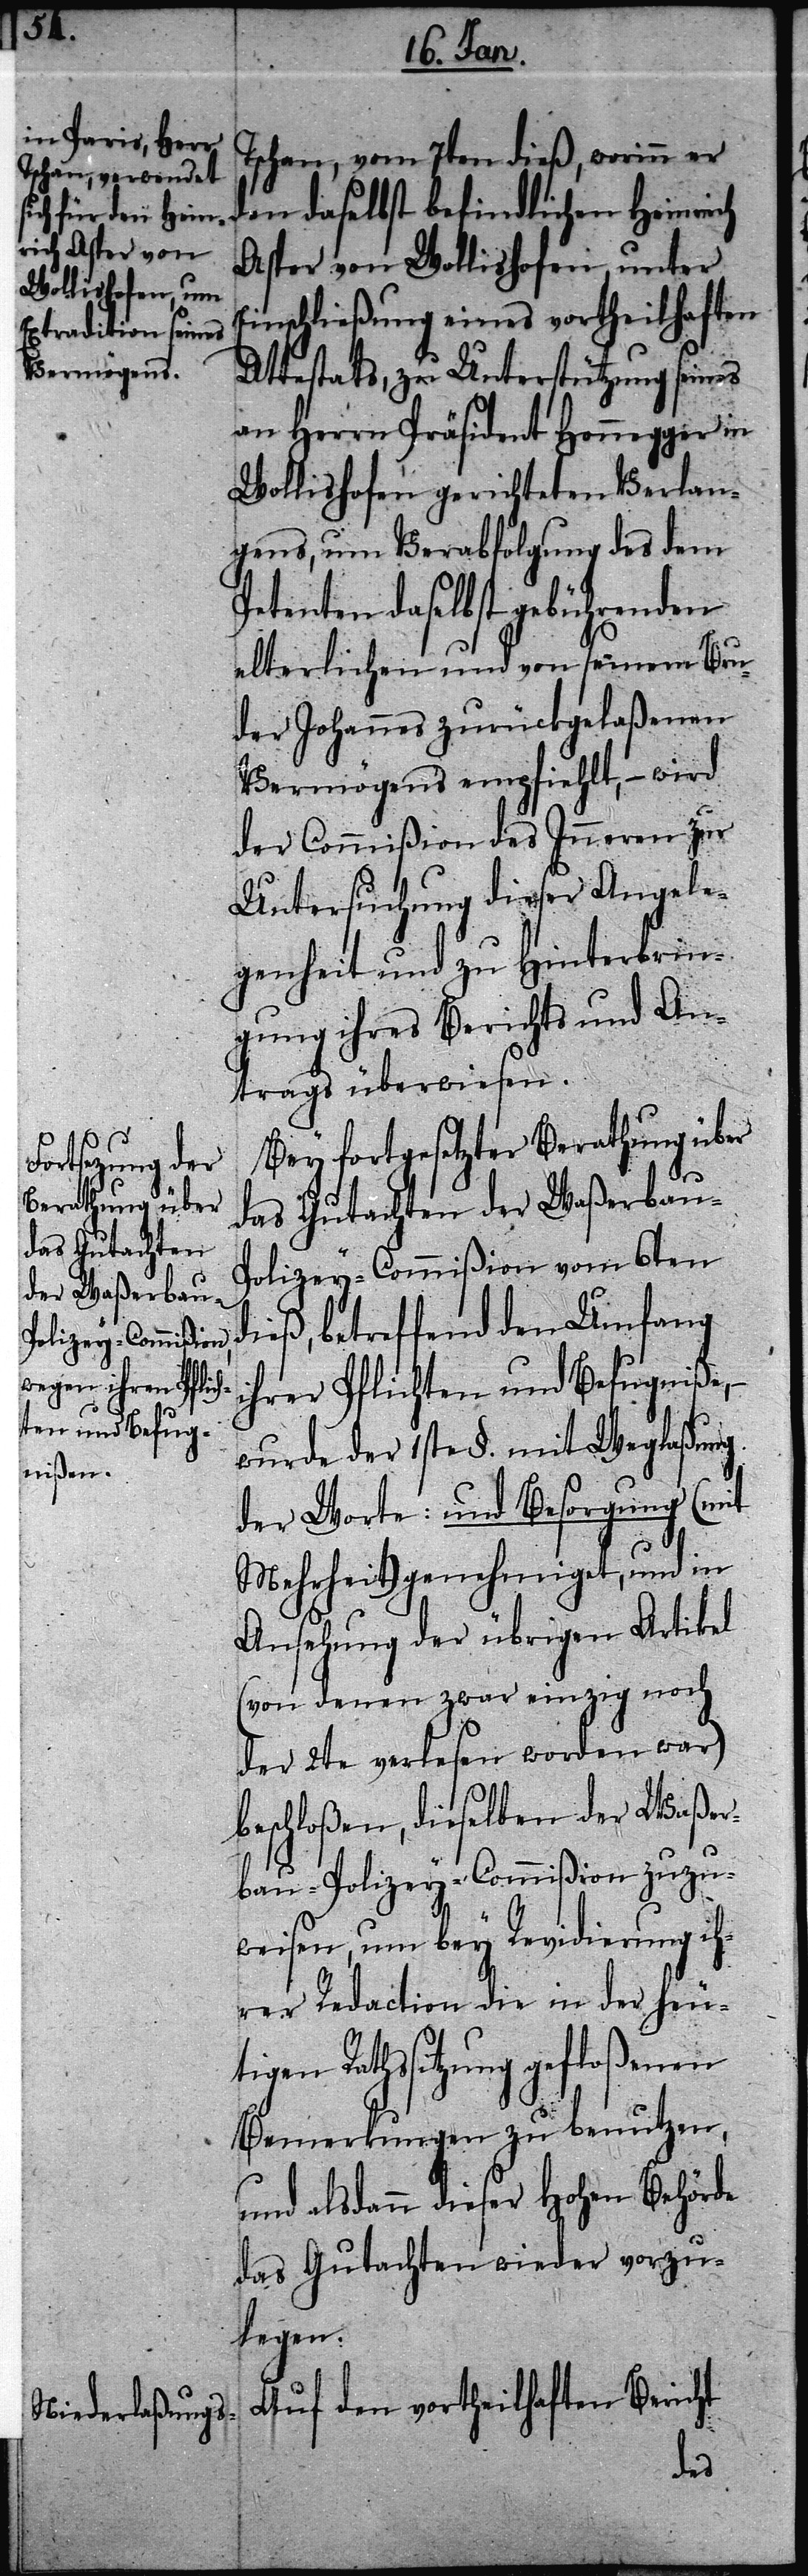
d¬
Tschan, vom 7ten dieß, worinn er
den daselbst befindlichen Heinrich
Asper von Wollishofen unter
Einschließung eines vortheilhaften
Attestats, zu Unterstützung seines
an Herrn Präsident Honnegger in
Wollishofen gerichteten Verlan¬
gens, um Verabfolgung des dem
Petenten daselbst gebührenden
elterlichen und von seinem Bru¬
der Johannes zurückgelaßenen
Vermögens empfiehlt, – wird
der Commißion des Inneren zur
Untersuchung dieser Angele¬
genheit und zu Hinterbrin¬
gung ihres Berichts und An¬
trags überwiesen.
Bey fortgesetzter Berathung über
das Gutachten der Waßerbau-P¬
olizey-Commißion vom 6ten
ieß, betreffend den Umfang
ihrer Pflichten und Befugniße, –
wurde der 1ste §. mit Weglaßung
der Worte: und Besorgung (mit
Mehrheit) genehmiget, und in
Ansehung der übrigen Artikel
(von denen zwar einzig noch
der 2te verlesen worden war)
beschloßen, dieselben der Waßer¬
bau-Polizey-Commißion zuzu¬
weisen, um bey Revidierung ih¬
rer Redaction die in der heu¬
tigen Rathssitzung gefloßenen
Bemerkungen zu benutzen,
und alsdann dieser Hohen Behörde
das Gutachten wieder vorzu¬
legen.
Auf den vortheilhaften Bericht